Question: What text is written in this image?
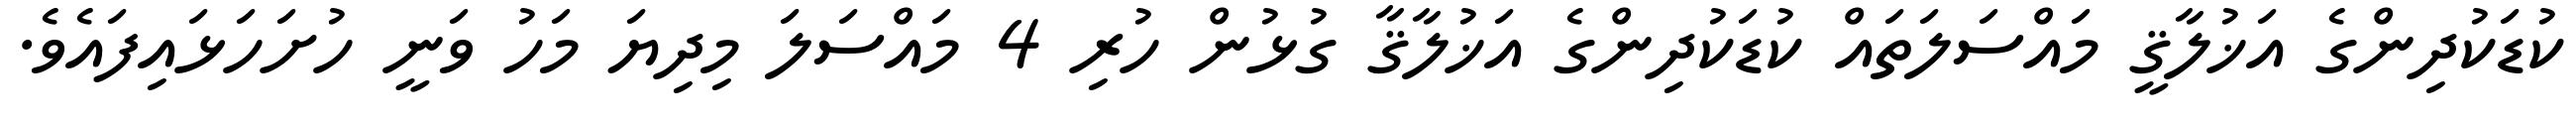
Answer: ކުޑަކުދިންގެ އަޚުލާޤީ މައްސަލަތައް ކުޑަކުދިންގެ އަޚުލާޤާ ގުޅުން ހުރި 4 މައްސަލަ މިދިޔަ މަހު ވަނީ ހުށަހަޅައިފައެވެ.